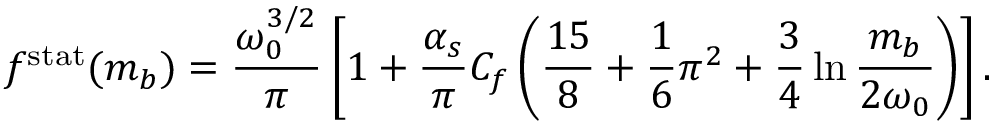
f ^ { \mathrm { s t a t } } ( m _ { b } ) = \frac { \omega _ { 0 } ^ { 3 / 2 } } { \pi } \left[ 1 + \frac { \alpha _ { s } } { \pi } C _ { f } \left( \frac { 1 5 } { 8 } + \frac { 1 } { 6 } \pi ^ { 2 } + \frac { 3 } { 4 } \ln \frac { m _ { b } } { 2 \omega _ { 0 } } \right) \right] .